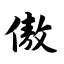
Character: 傲